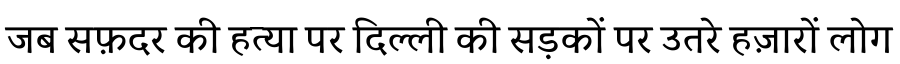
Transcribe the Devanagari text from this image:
जब सफ़दर की हत्या पर दिल्ली की सड़कों पर उतरे हज़ारों लोग